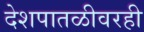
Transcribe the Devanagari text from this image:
देशपातळीवरही